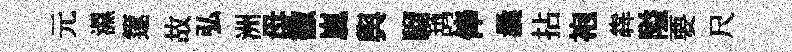
元濕篴故弘洲母徼嵐舆騮鸪俸曩拈袍犇隘要尺